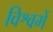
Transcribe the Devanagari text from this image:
विश्वमें